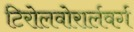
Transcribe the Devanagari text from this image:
टिरोलवोरार्लवर्ग